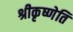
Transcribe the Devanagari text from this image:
श्रीकृष्णेति